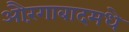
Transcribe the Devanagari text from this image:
औरंगाबादमधे